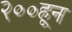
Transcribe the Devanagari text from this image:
२००हून